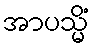
အာပသ္မိံ